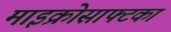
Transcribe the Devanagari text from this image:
माइक्रोसाफ्टका